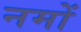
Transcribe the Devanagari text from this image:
नमों